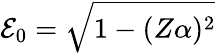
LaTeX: \mathcal{E}_{0}=\sqrt{1-(Z\alpha)^{2}}